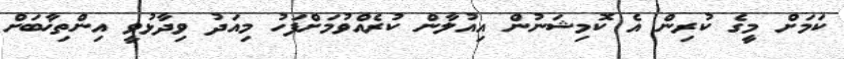
ކަމަށް މީގެ ކުރިން އެ ކޮމިޝަނުން އިއުލާން ކުރެއްވުމަށްފަހު މިއަދު ވިދާޅުވީ އިންތިޚާބަށް